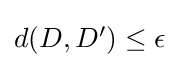
\textstyle d(D,D')\leq \epsilon